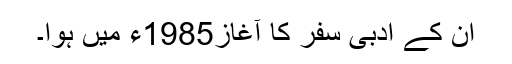
اُن کے ادبی سفر کا آغاز1985ء میں ہوا۔